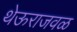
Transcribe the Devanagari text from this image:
थेऊराजवळ